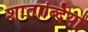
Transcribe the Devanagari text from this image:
शाताब्दियों